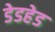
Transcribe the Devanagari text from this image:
डेडहेड